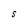
Character: S